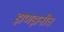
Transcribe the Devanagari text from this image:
झणझनीत